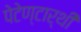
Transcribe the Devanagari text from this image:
पेटेण्टार्थी